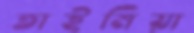
তাইমিয়া